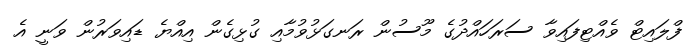
ފްލައިޓް ވެއްޓިފައިވާ ސަރަހައްދުގެ މޫސުން ރަނގަޅުވުމާއި ގުޅިގެން އިއްޔެ ޑައިވަރުން ވަނީ އެ